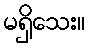
မရှိသေး။